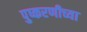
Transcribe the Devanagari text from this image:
पुष्करणीच्या